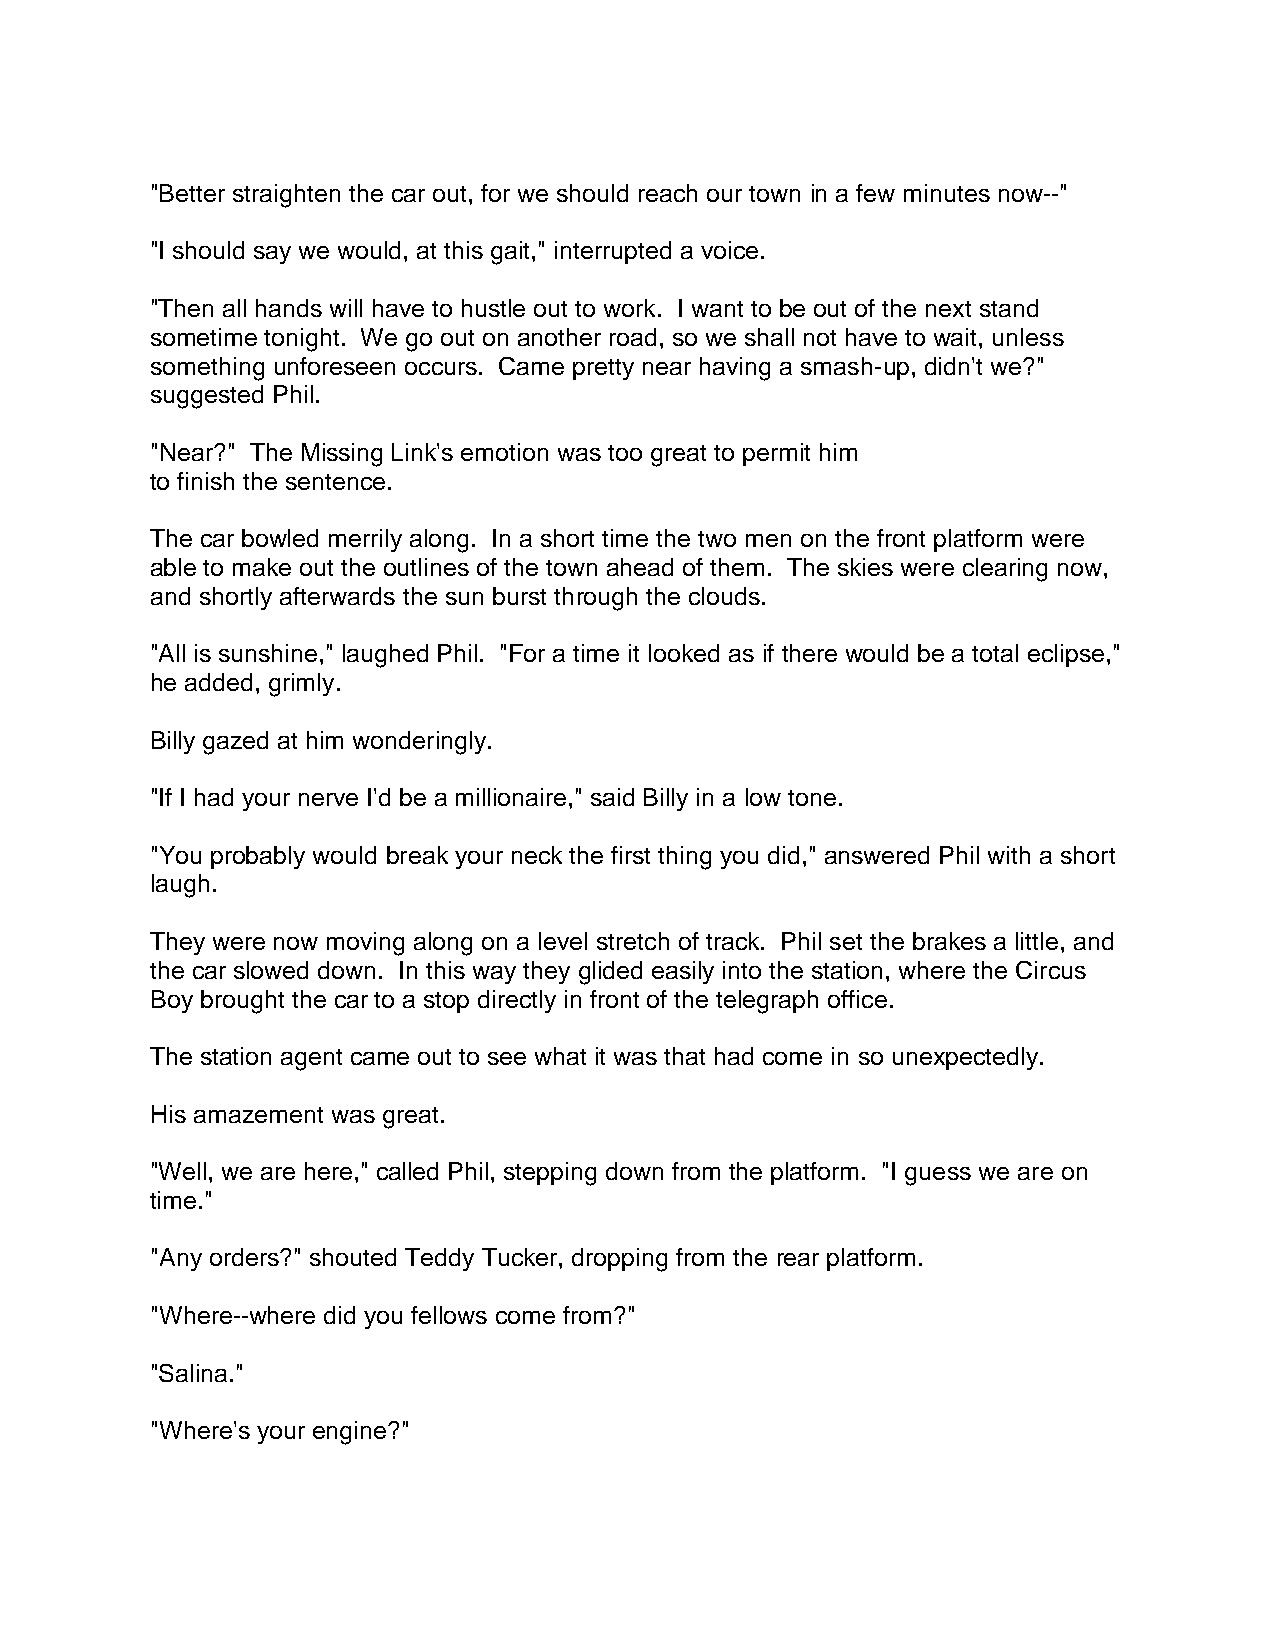
"Better straighten the car out, for we should reach our town in a few minutes now--"
 "I should say we would, at this gait," interrupted a voice.
 "Then all hands will have to hustle out to work. I want to be out of the next stand
 sometime tonight. We go out on another road, so we shall not have to wait, unless
 something unforeseen occurs. Came pretty near having a smash-up, didn't we?"
 suggested Phil.
 "Near?" The Missing Link's emotion was too great to permit him
 to finish the sentence.
 The car bowled merrily along. In a short time the two men on the front platform were
 able to make out the outlines of the town ahead of them. The skies were clearing now,
 and shortly afterwards the sun burst through the clouds.
 "All is sunshine," laughed Phil. "For a time it looked as if there would be a total eclipse,"
 he added, grimly.
 Billy gazed at him wonderingly.
 "If I had your nerve I'd be a millionaire," said Billy in a low tone.
 "You probably would break your neck the first thing you did," answered Phil with a short
 laugh.
 They were now moving along on a level stretch of track. Phil set the brakes a little, and
 the car slowed down. In this way they glided easily into the station, where the Circus
 Boy brought the car to a stop directly in front of the telegraph office.
 The station agent came out to see what it was that had come in so unexpectedly.
 His amazement was great.
 "Well, we are here," called Phil, stepping down from the platform. "I guess we are on
 time."
 "Any orders?" shouted Teddy Tucker, dropping from the rear platform.
 "Where--where did you fellows come from?"
 "Salina."
 "Where's your engine?"